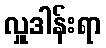
လှူဒါန်းရာ